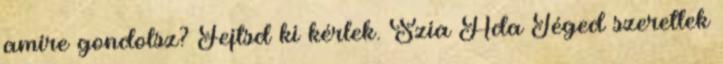
amire gondolsz? Fejtsd ki kérlek. Szia Ada Téged szeretlek